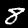
Label: 8